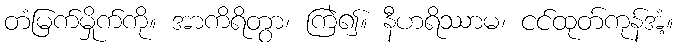
တံမြက်မှိုက်ကို။ အာကိရိတွာ၊ ကြဲ၍။ နီဟရိဿာမ၊ ငင်ထုတ်ကုန်အံ့။